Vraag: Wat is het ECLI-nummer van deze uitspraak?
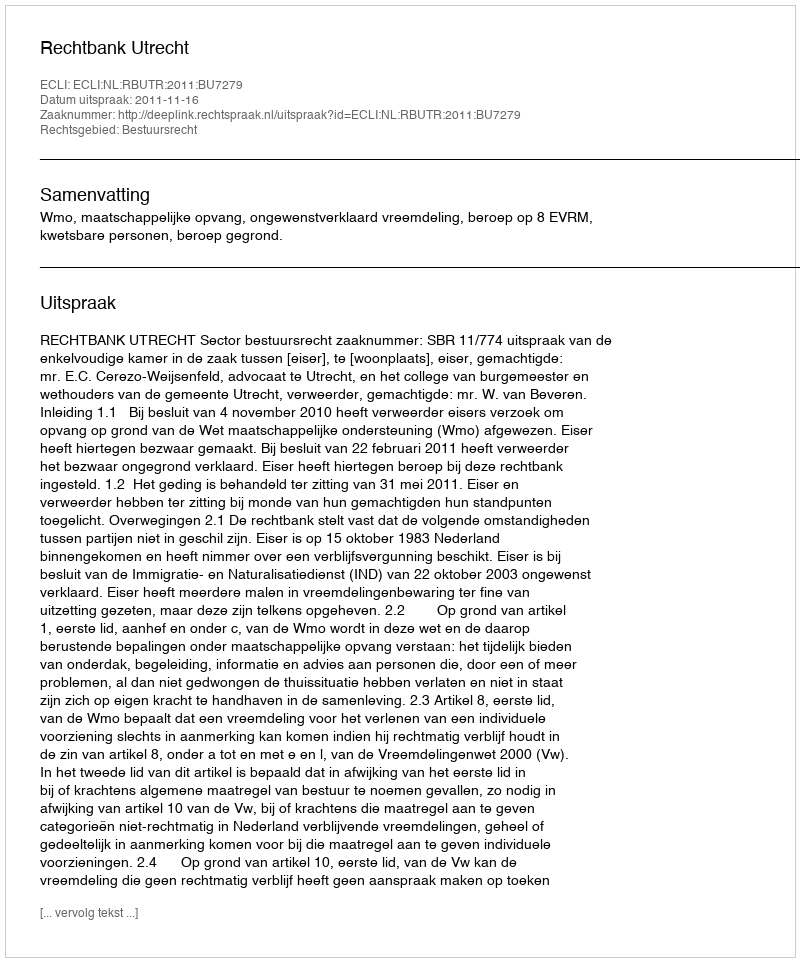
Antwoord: ECLI:NL:RBUTR:2011:BU7279